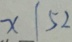
x \vert 5 2